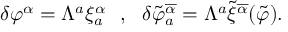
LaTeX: \delta \varphi ^ { \alpha } = \Lambda ^ { a } \xi _ { a } ^ { \alpha } \ \ , \ \ \delta \tilde { \varphi } _ { a } ^ { \overline { { { \alpha } } } } = \Lambda ^ { a } \tilde { \xi } ^ { \overline { { { \alpha } } } } ( \tilde { \varphi } ) .